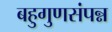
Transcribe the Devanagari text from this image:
बहुगुणसंपन्न